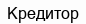
Кредитор